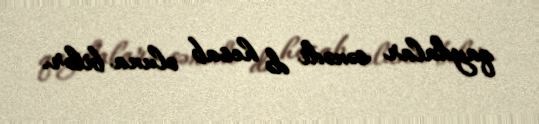
qaydalar sənədi də hesab oluna bilər.